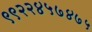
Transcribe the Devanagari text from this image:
९९२२४५७४७५